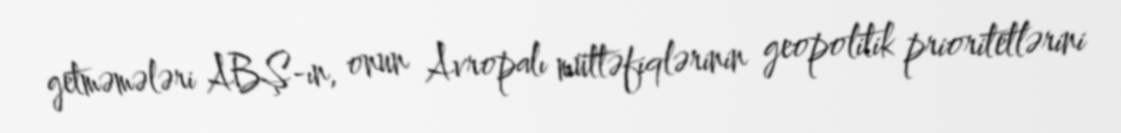
getməmələri ABŞ-ın, onun Avropalı müttəfiqlərinin geopolitik prioritetlərini